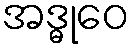
အဒ္ဓုဝေ